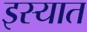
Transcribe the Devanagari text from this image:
इस्यात